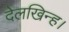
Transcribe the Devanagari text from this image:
देलखिन्ह।